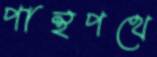
পান্থপথে